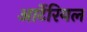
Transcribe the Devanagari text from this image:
आर्टेरियल